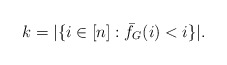
\begin{align*}k = |\{i \in [n] : \bar{f}_G(i) < i \}|.\end{align*}